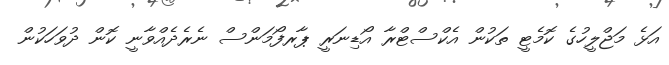
އަޅެ މަޖްލީހުގެ ކޮމެޓީ ތަކުން އެކްސްޓްރާ އޯޑިނަރީ ޕާރފޯމަންސް ނެރެދެއްވާނީ ކޮން ދުވަހަކުން